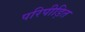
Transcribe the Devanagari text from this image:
परिपीड़ित